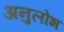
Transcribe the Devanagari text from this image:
अनुलोभ